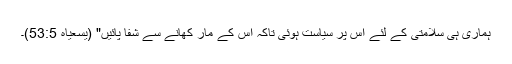
ہماری ہی سلامتی کے لئے اس پر سیاست ہوئی تاکہ اس کے مار کھانے سے شفا پائیں" (یسعیاہ 53:5)۔